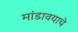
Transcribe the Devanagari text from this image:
मांडावयाचे